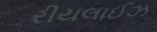
રીયલાઈઝ